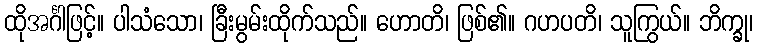
ထိုအင်္ဂါဖြင့်။ ပါသံသော၊ ခြီးမွမ်းထိုက်သည်။ ဟောတိ၊ ဖြစ်၏။ ဂဟပတိ၊ သူကြွယ်။ ဘိက္ခု၊